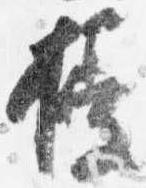
授